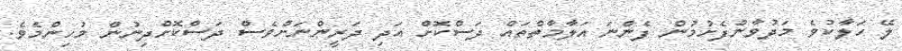
ލޭ ހަލާކުވެ މަދުވާންފެށުމުން ފެންނަ އަލާމާތްތައް ދަސްކޮށް އަދި ދަރީންނަށްވެސް ދަސްކޮށްދިނުން މުހިންމެވެ.